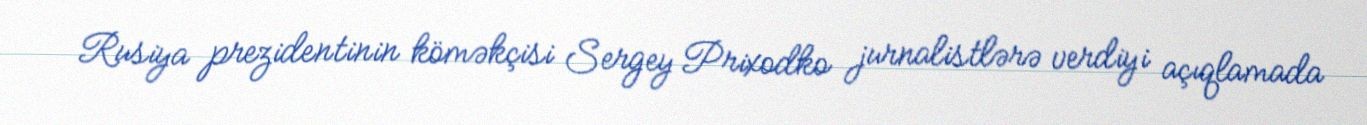
Rusiya prezidentinin köməkçisi Sergey Prixodko jurnalistlərə verdiyi açıqlamada